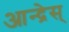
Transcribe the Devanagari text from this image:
आन्द्रेस्